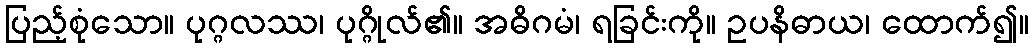
ပြည့်စုံသော။ ပုဂ္ဂလဿ၊ ပုဂ္ဂိုလ်၏။ အဓိဂမံ၊ ရခြင်းကို။ ဥပနိဓာယ၊ ထောက်၍။